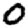
Digit: 0